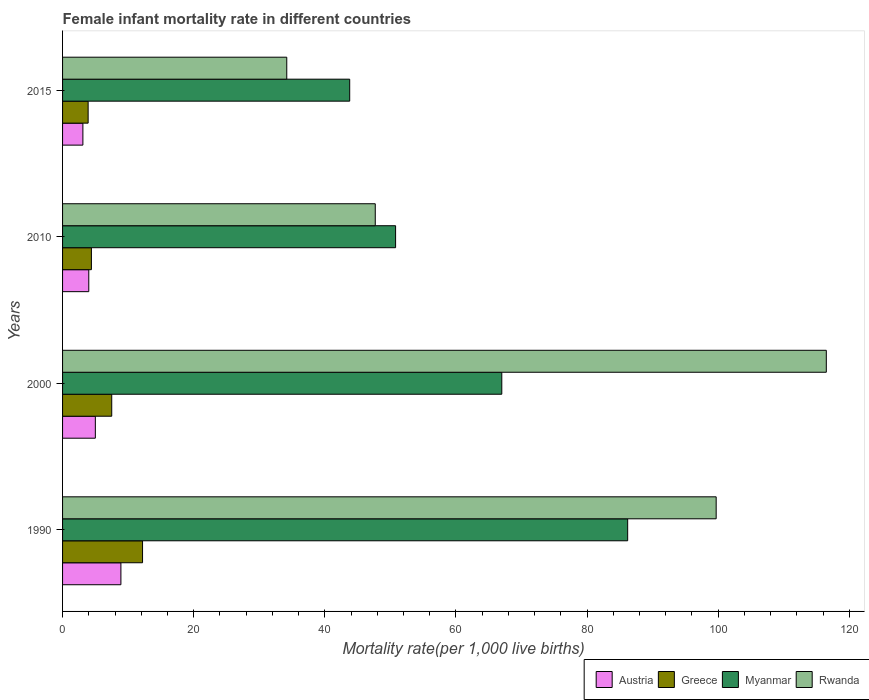
| Years | Austria | Greece | Myanmar | Rwanda |
 | --- | --- | --- | --- | --- |
 | 1990 | 8.9 | 12.2 | 86.2 | 99.7 |
 | 2000 | 5 | 7.5 | 67 | 116 |
 | 2010 | 4 | 4.4 | 50.8 | 47.7 |
 | 2015 | 3.1 | 3.9 | 43.8 | 34.2 |